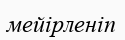
мейірленіп